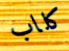
كلاب